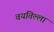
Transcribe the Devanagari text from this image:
वयतिल्ला